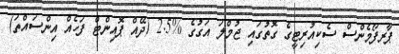
ޕާރފޯމެންސް ސެކިއުރިޓީގެ ގޮތުގައި ޖުމްލަ އަގުގެ %2.5 (ދޭއް ޕޮއިންޓް ފަހެއް އިންސައްތަ)